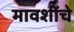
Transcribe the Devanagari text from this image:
मावशींचे